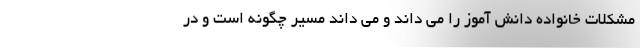
مشکلات خانواده دانش آموز را می داند و می داند مَسیر چگونه است و در